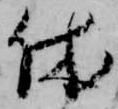
休